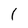
Character: l